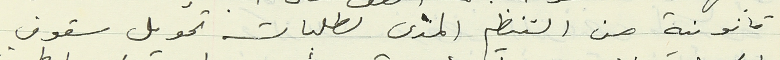
قانونية من التنظيم المدني لطلبات تحويل سقوف